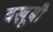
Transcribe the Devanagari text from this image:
बखू़बी